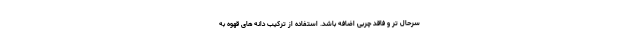
سرحال تر و فاقد چربی اضافه باشد. استفاده از ترکیب دانه های قهوه به